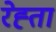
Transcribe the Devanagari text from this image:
रेह्ता